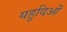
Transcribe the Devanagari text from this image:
यहुदिओं